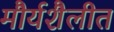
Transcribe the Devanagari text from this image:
मौर्यशैलीत